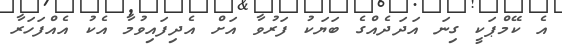
އެ ކޭމްޕަކީ ގިނަ އަދަދެއްގެ ބަޔަކު ފަރުވާ އަށް އެދިފައިވުމާ އެކު އެއްފަހަރާ